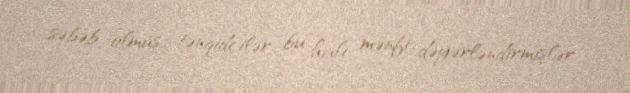
səbəb olmuş, tənqidçilər bu halı mənfi dəyərləndirmişlər.